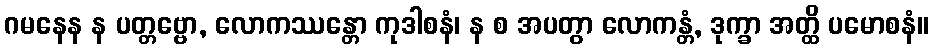
ဂမနေန န ပတ္တဗ္ဗော, လောကဿန္တော ကုဒါစနံ၊ န စ အပတွာ လောကန္တံ, ဒုက္ခာ အတ္ထိ ပမောစနံ။